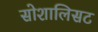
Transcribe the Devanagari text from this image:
सोशालिसट